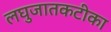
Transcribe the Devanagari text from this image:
लघुजातकटीका